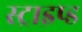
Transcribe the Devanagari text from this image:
स्ट्राइप्ड